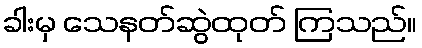
ခါးမှ သေနတ်ဆွဲထုတ် ကြသည်။